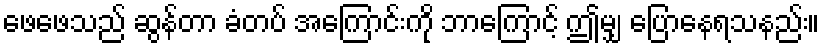
ဖေဖေသည် ဆွန်တာ ခံတပ် အကြောင်းကို ဘာကြောင့် ဤမျှ ပြောနေရသနည်း။